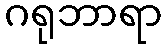
ဂရုဘာရာ